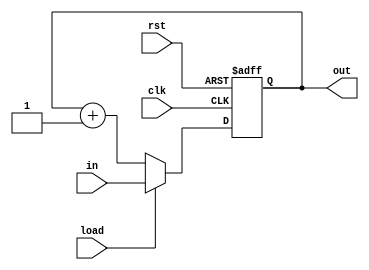
module counter #(
    parameter BIT_WIDTH = 1
) (
    output wire [BIT_WIDTH - 1:0] out,
    input wire [BIT_WIDTH - 1:0] in,
    input wire load, rst, clk
);

    reg [BIT_WIDTH - 1:0] count = 0;

    always @(posedge clk or negedge rst)
        if (~rst)
            count <= 0;
        else if (load)
            count = in;
        else
            count <= count + 1'b1;

    assign out = count;

endmodule